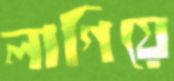
লাগিয়ে